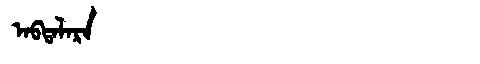
Manchu: ᠠᠪᡨᠠᠯᠠᡵᠠ
Romanization: ABTALARA